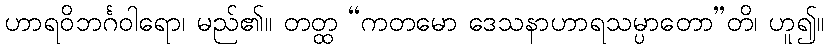
ဟာရဝိဘင်္ဂဝါရော၊ မည်၏။ တတ္ထ “ကတမော ဒေသနာဟာရသမ္ပာတော”တိ၊ ဟူ၍။